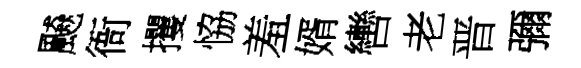
飇衙攫恊羞婿轡老晋彌